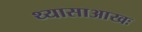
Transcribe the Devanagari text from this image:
थ्यासाआखः